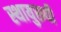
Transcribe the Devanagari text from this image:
स्थायुरूपी